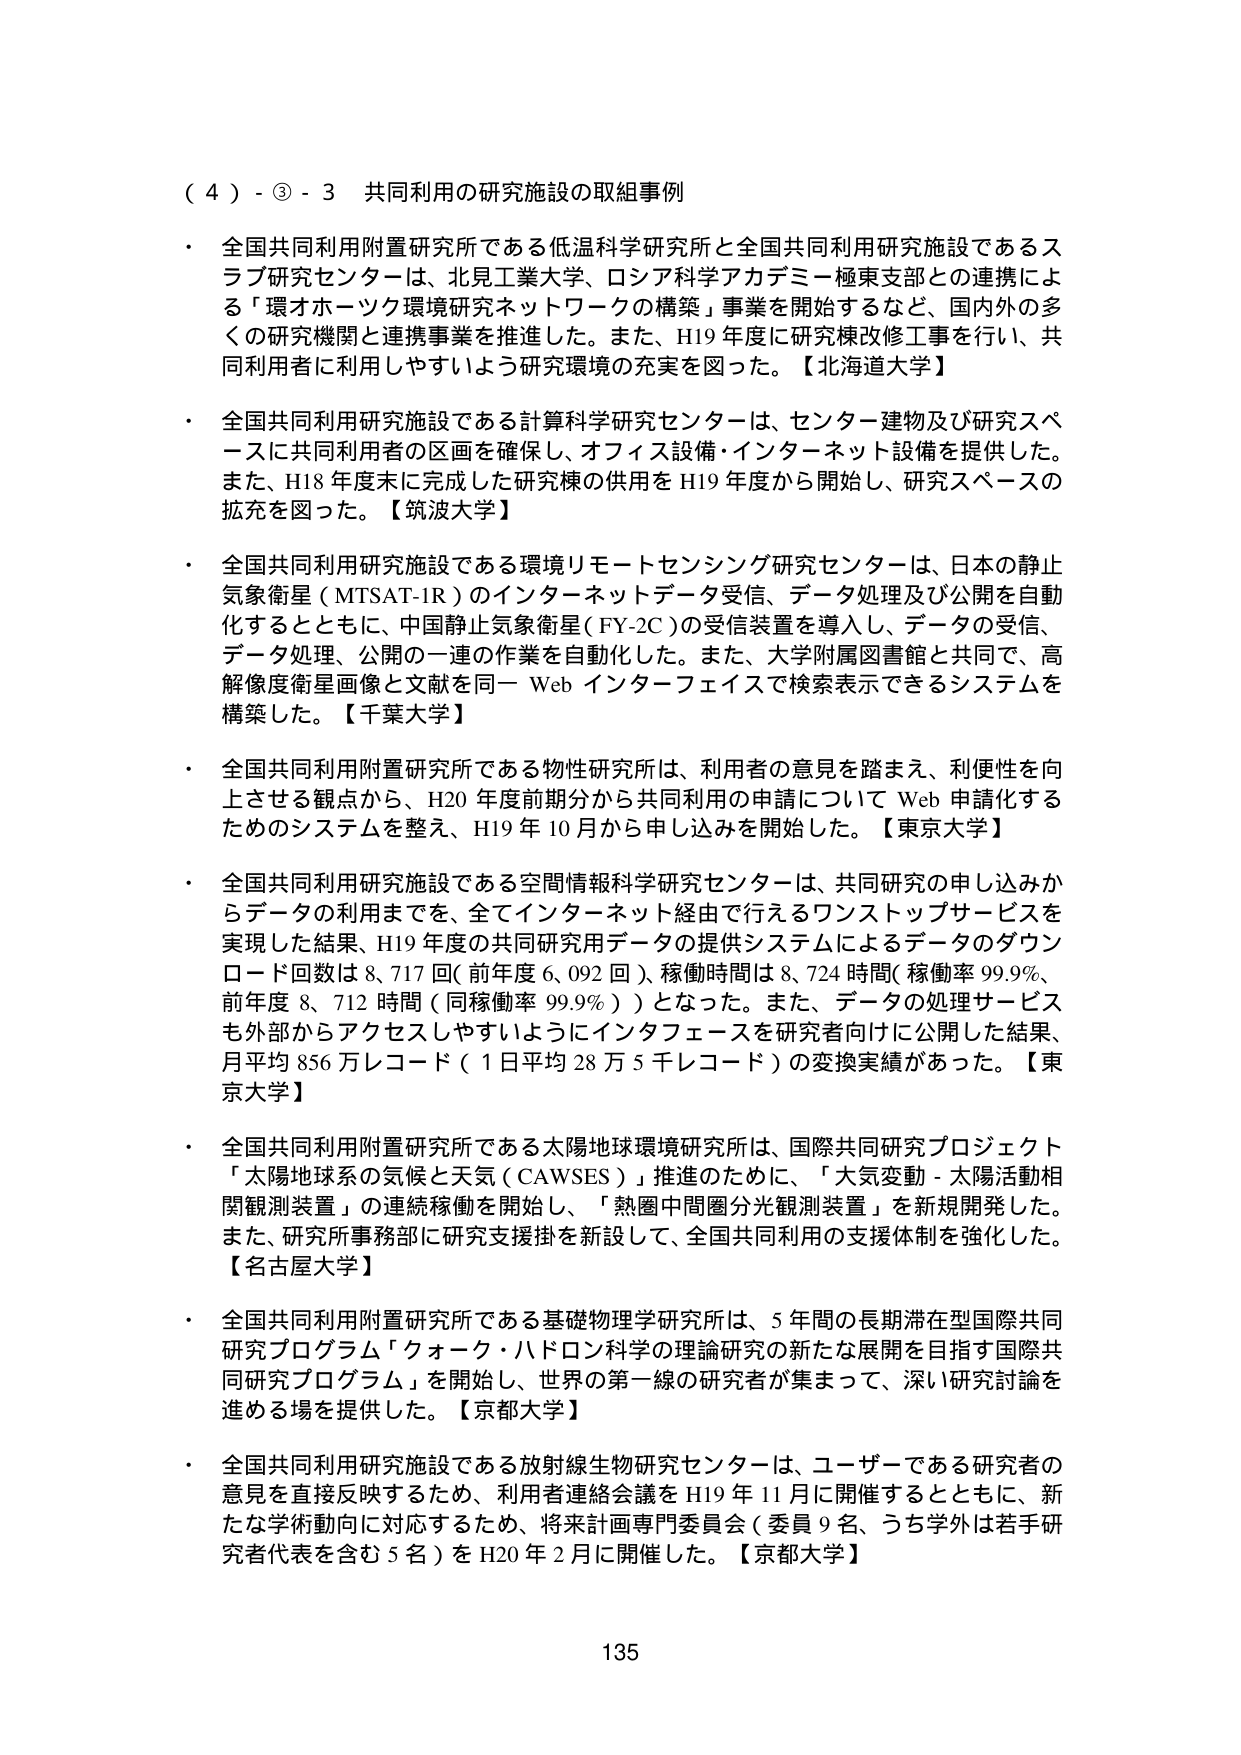
（４）-③-３ 共同利用の研究施設の取組事例

・ 全国共同利用附置研究所である低温科学研究所と全国共同利用研究施設であるスラブ研究センターは、北見工業大学、ロシア科学アカデミー極東支部との連携による「環オホーツク環境研究ネットワークの構築」事業を開始するなど、国内外の多くの研究機関と連携事業を推進した。また、H19年度に研究棟改修工事を行い、共同利用者に利用しやすいよう研究環境の充実を図った。【北海道大学】

・ 全国共同利用研究施設である計算科学研究センターは、センター建物及び研究スペースに共同利用者の区画を確保し、オフィス設備・インターネット設備を提供した。また、H18年度末に完成した研究棟の供用をH19年度から開始し、研究スペースの拡充を図った。【筑波大学】

・ 全国共同利用研究施設である環境リモートセンシング研究センターは、日本の静止気象衛星（MTSAT-1R）のインターネットデータ受信、データ処理及び公開を自動化するとともに、中国静止気象衛星（FY-2C）の受信装置を導入し、データの受信、データ処理、公開の一連の作業を自動化した。また、大学附属図書館と共同で、高解像度衛星画像と文献を同一Webインターフェイスで検索表示できるシステムを構築した。【千葉大学】

・ 全国共同利用附置研究所である物性研究所は、利用者の意見を踏まえ、利便性を向上させる観点から、H20年度前期分から共同利用の申請についてWeb申請化するためのシステムを整え、H19年10月から申し込みを開始した。【東京大学】

・ 全国共同利用研究施設である空間情報科学研究センターは、共同研究の申し込みからデータの利用までを、全てインターネット経由で行えるワンストップサービスを実現した結果、H19年度の共同研究用データの提供システムによるデータのダウンロード回数は8,717回（前年度6,092回）、稼働時間は8,724時間（稼働率99.9％、前年度8,712時間（同稼働率99.9％））となった。また、データの処理サービスも外部からアクセスしやすいようにインターフェースを研究者向けに公開した結果、月平均856万レコード（1日平均28万5千レコード）の変換実績があった。【東京大学】

・ 全国共同利用附置研究所である太陽地球環境研究所は、国際共同研究プロジェクト「太陽地球系の気候と天気（CAWSES）」推進のために、「大気変動・太陽活動関連観測装置」の連続稼働を開始し、「熱圏中間圏分光観測装置」を新規開発した。また、研究所事務部に研究支援掛を新設して、全国共同利用の支援体制を強化した。【名古屋大学】

・ 全国共同利用附置研究所である基礎物理学研究所は、5年間の長期滞在型国際共同研究プログラム「クォーク・ハドロン科学の理論研究の新たな展開を目指す国際共同研究プログラム」を開始し、世界の第一線の研究者が集まって、深い研究討論を進める場を提供した。【京都大学】

・ 全国共同利用研究施設である放射線生物研究センターは、ユーザーである研究者の意見を直接反映するため、利用者連絡会議をH19年11月に開催するとともに、新たな学術動向に対応するため、将来計画専門委員会（委員9名、うち学外は若手研究者代表を含む5名）をH20年2月に開催した。【京都大学】

135